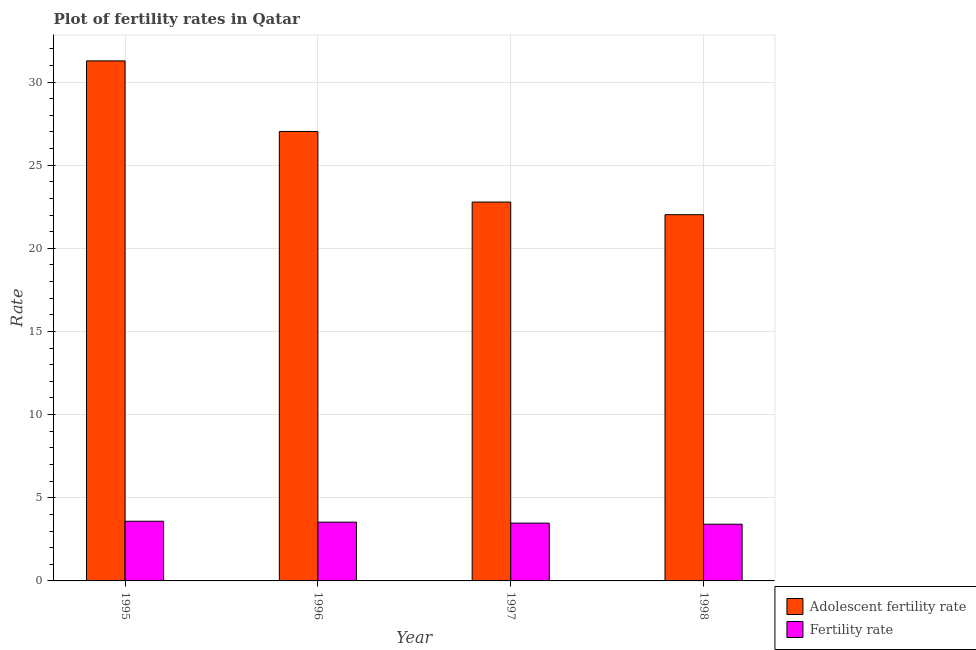
| Year | Adolescent fertility rate | Fertility rate |
 | --- | --- | --- |
 | 1995 | 31.3 | 3.59 |
 | 1996 | 27 | 3.53 |
 | 1997 | 22.8 | 3.48 |
 | 1998 | 22 | 3.41 |